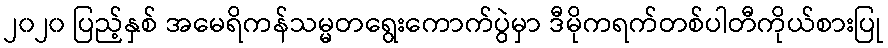
၂၀၂၀ ပြည့်နှစ် အမေရိကန်သမ္မတရွေးကောက်ပွဲမှာ ဒီမိုကရက်တစ်ပါတီကိုယ်စားပြု